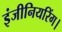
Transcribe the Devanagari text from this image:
इंजीनियरिंग।